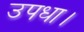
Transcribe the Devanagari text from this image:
उपधा।